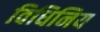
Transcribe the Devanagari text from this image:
विधिनिय